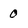
Character: 0